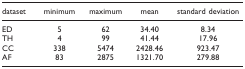
<table><thead><tr><td><b>dataset</b></td><td><b>minimum</b></td><td><b>maximum</b></td><td><b>mean</b></td><td><b>standard deviation</b></td></tr></thead><tbody><tr><td>ED</td><td>5</td><td>62</td><td>34.40</td><td>8.34</td></tr><tr><td>TH</td><td>4</td><td>99</td><td>41.44</td><td>17.96</td></tr><tr><td>CC</td><td>338</td><td>5474</td><td>2428.46</td><td>923.47</td></tr><tr><td>AF</td><td>83</td><td>2875</td><td>1321.70</td><td>279.88</td></tr></tbody></table>